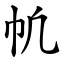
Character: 㠶